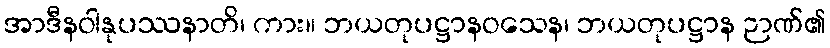
အာဒီနဝါနုပဿနာတိ၊ ကား။ ဘယတုပဋ္ဌာနဝသေန၊ ဘယတုပဋ္ဌာန ဉာဏ်၏